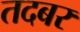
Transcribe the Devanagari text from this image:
तदबर